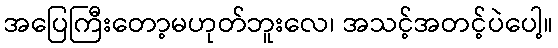
အပြေကြီးတော့မဟုတ်ဘူးလေ၊ အသင့်အတင့်ပဲပေါ့။